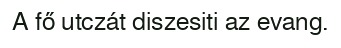
A fő utczát diszesiti az evang.